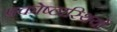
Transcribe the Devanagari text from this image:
प्रकोष्ठास्थियों